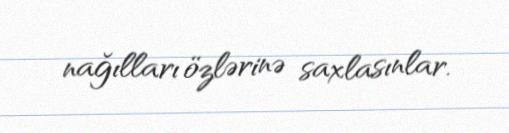
nağılları özlərinə saxlasınlar.